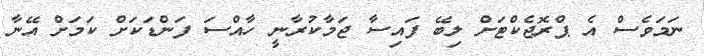
ނަމަވެސް އެ ޕްރޮޖެކްޓަށް ލިބޭ ފައިސާ ޖަމާކުރާނީ ހާއްސަ ފަންޑަކަށް ކަމަށް އޭނާ